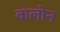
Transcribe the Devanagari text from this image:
वालोन